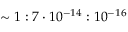
\sim 1 : 7 \cdot 1 0 ^ { - 1 4 } : 1 0 ^ { - 1 6 }